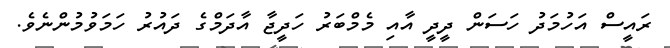
ރައީސް އަހުމަދު ހަސަން ދީދީ އާއި މެމްބަރު ހަދީޖާ އާދަމްގެ ދައުރު ހަމަވުމުންނެވެ.